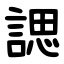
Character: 諰